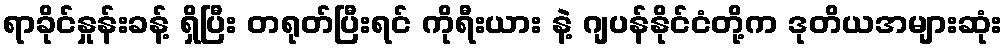
ရာခိုင်နှုန်းခန့် ရှိပြီး တရုတ်ပြီးရင် ကိုရီးယား နဲ့ ဂျပန်နိုင်ငံတို့က ဒုတိယအများဆုံး